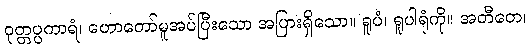
ဝုတ္တပ္ပကာရံ၊ ဟောတော်မူအပ်ပြီးသော အပြားရှိသော။ ရူပံ၊ ရူပါရုံကို။ အတီတေ၊